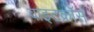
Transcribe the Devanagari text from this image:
वाइटक्रॉस